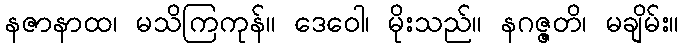
နဇာနာထ၊ မသိကြကုန်။ ဒေဝေါ၊ မိုးသည်။ နဂဇ္ဇတိ၊ မချိမ်း။